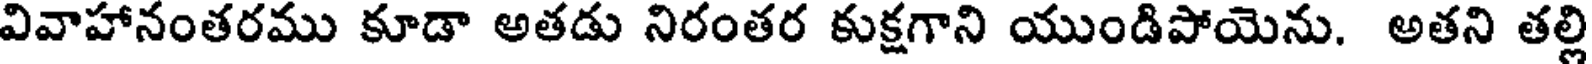
వివాహానంతరము కూడా అతడు నిరంతర కుక్షగాని యుండిపోయెను. అతని తల్లి